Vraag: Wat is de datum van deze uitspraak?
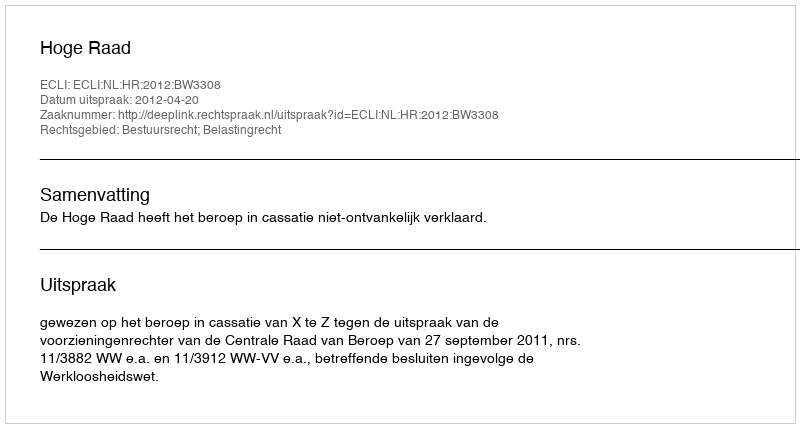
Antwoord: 2012-04-20